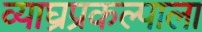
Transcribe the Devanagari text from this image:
व्याघ्रप्रकल्पाला